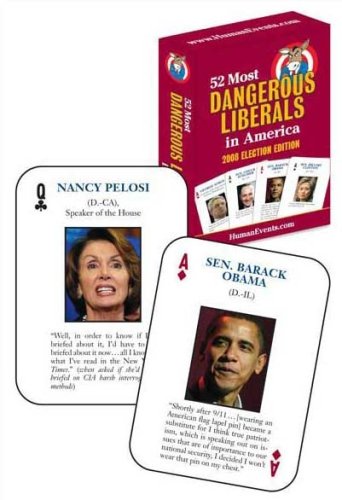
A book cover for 52 Most Dangerous Liberals in America: 2008 Election Edition; Human Events; Humor & Entertainment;